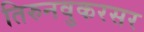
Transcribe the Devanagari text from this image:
तिरुनवुकरसर